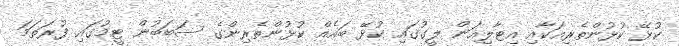
ކުޅޭ ކުޅުންތެރިއަކާއި އިޓާލިއަން ލީގުގައި ކުޅޭ ބައެއް ކުޅުންތެރިންގެ ސަބަބުން ޓީމުގައި ފުރަތަމަ